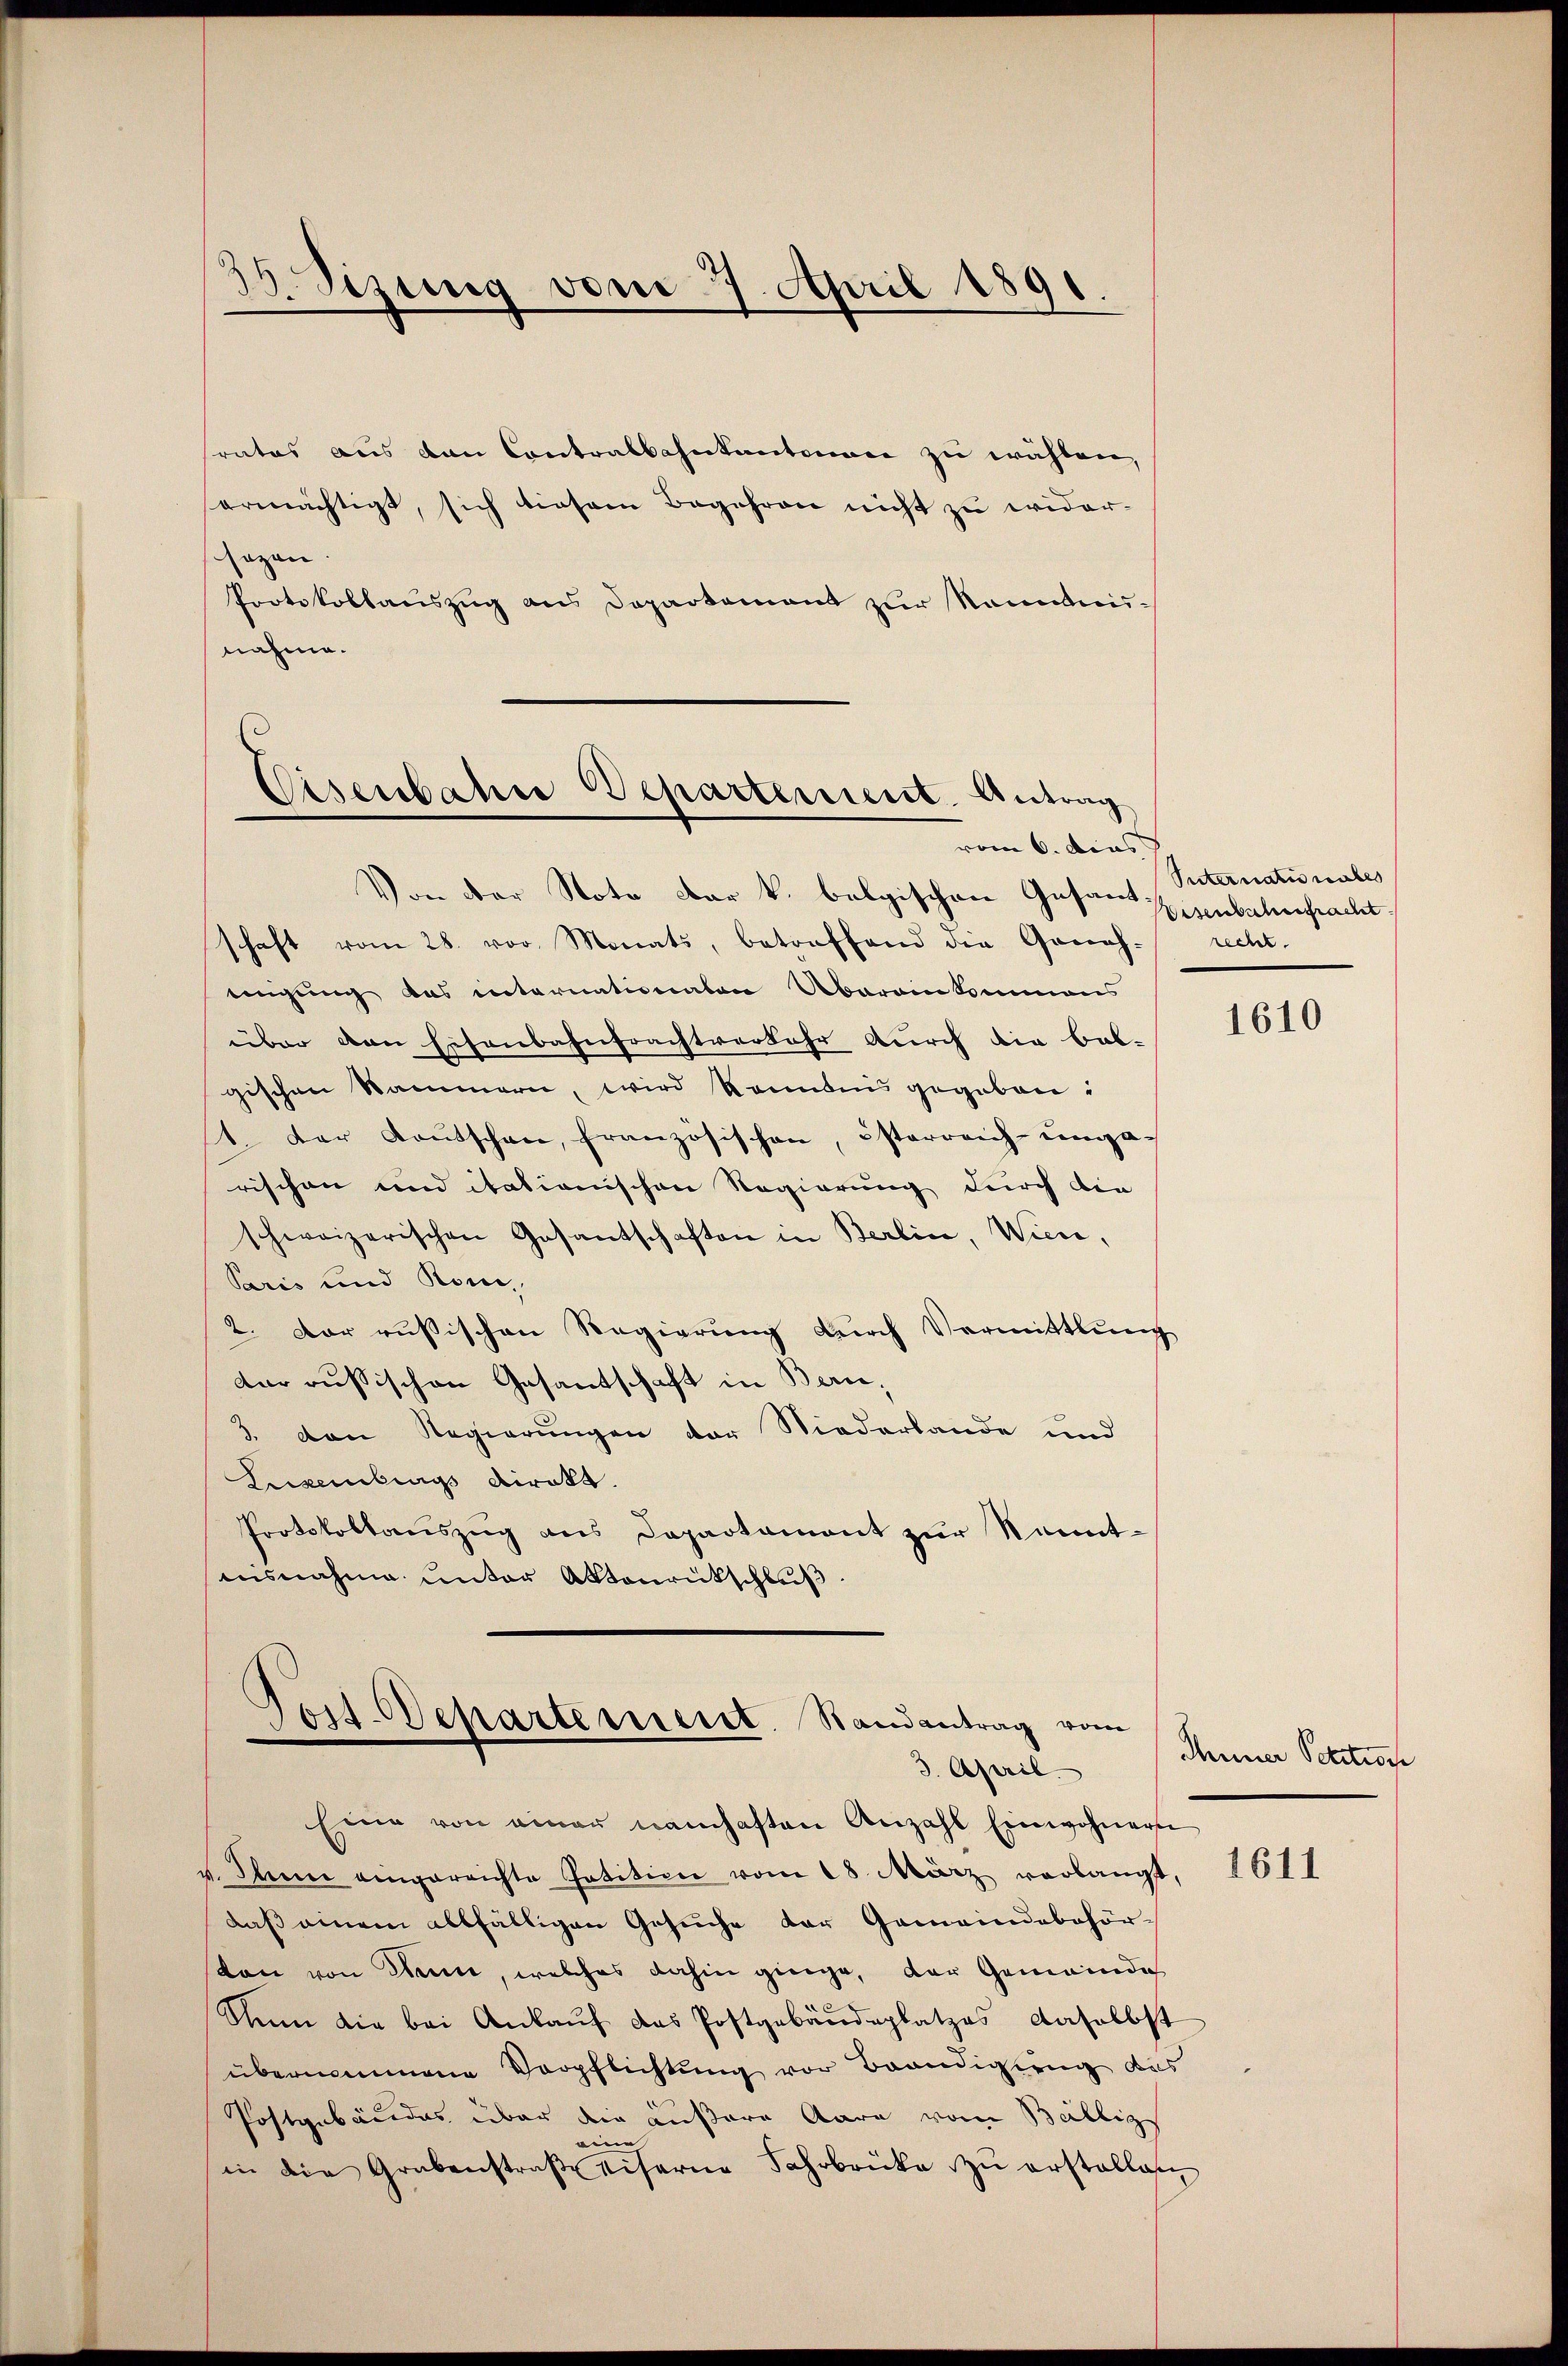
rates aus den Contralbahntantonen zu wählen,
ermächtigt, sich diesem Begehren nicht zu wider-
gegen
Protokollauszug aus Departement zur kannten-
nahme.

18. Sizung vom 27. April 1891.
.

Cisenbahre Departement. Antrag
vom 6. dies

Jost-Departement. Randantrag vom
3. April.

Suternati nahes
Eisenbacherfracht.

Von der Note der k. belgischen Gesandschaft vom 28. vor Monats, betreffend die Geneh- recht-
einigung das internationaten Übereinkommens
über von Hisenbahnfrachtverkehr durch die bal-
gischen Sammern, wird konntens gegeben:
1. Der Kautschen, französischen, österreich-unga-
rischen und itationischen Regierung durch die
schweizerischen Gesantschaften in Berlin, Wien,
Paris und Rom,
2. Der russischen Regierung durch Vermittlung
dar russischen Gesandschaft in Bern,
3. den Regierungen der Niederlande und
Luxenbergs Direkt.
Protokollauszug aus Departament zŭr Kennt-
nisnahme unter Aktenrückschlŭβ

Eine von einer namhaften Anzahl Einwohnern
u. Mann eingereichte Patition vom 18. März verlangt,
daß einem allfälligen Gesŭche der Gemeindebehör-
ton von Nein, welches dahin ginge, der Gemeindes
Sin die bei Ankaŭf das Postgebäŭdeplatzes daselbst
übernommene Verpflichtung vor Brandigung des
Postgebäudes über die äußere Aara vom Balliz
eine
in die Grabenstraβe diserne Fahrbrücke zŭ erstallas

1610

Miner Petition

1611